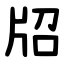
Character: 牊